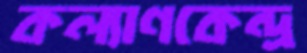
কল্যাণকেন্দ্র